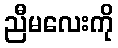
ညီမလေးကို